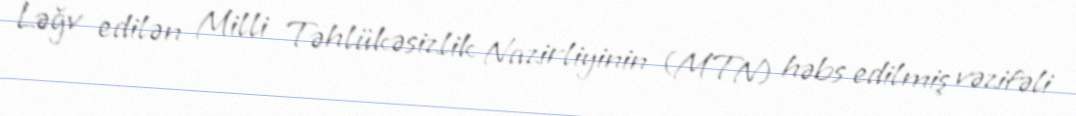
Ləğv edilən Milli Təhlükəsizlik Nazirliyinin (MTN) həbs edilmiş vəzifəli